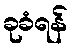
ခုခံရန်